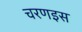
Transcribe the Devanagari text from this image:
चरणइस